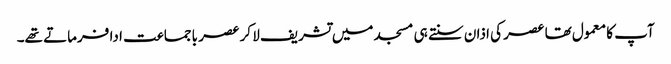
آپ کا معمول تھا عصر کی اذان سنتے ہی مسجد میں تشریف لا کر عصر باجماعت ادا فرماتے تھے۔